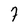
Character: 7